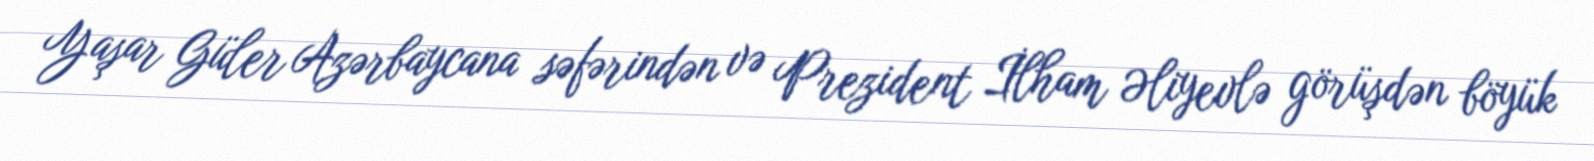
Yaşar Güler Azərbaycana səfərindən və Prezident İlham Əliyevlə görüşdən böyük